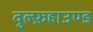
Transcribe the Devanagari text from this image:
वुल्फ़हाउण्ड